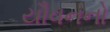
યૌવનનો